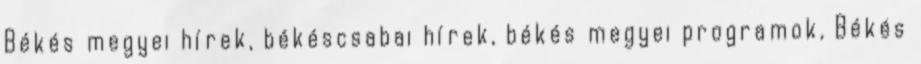
Békés megyei hírek, békéscsabai hírek, békés megyei programok, Békés